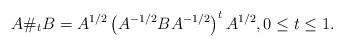
LaTeX: \begin{align*}A \#_t B = A^{1/2} \left (A^{-1/2} B A^{-1/2} \right )^t A^{1/2}, 0 \leq t \leq 1. \end{align*}